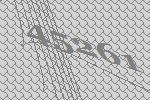
45261